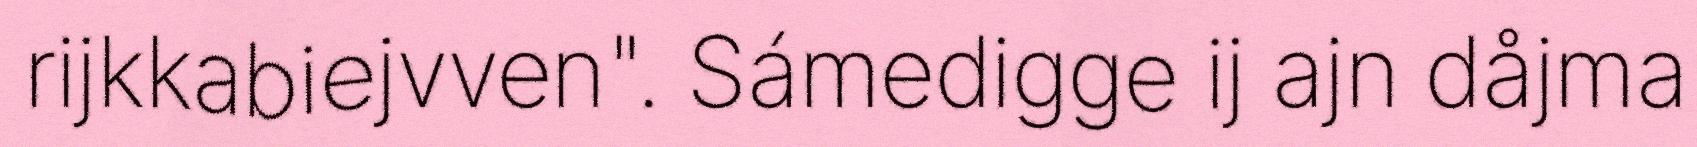
rijkkabiejvven". Sámedigge ij ajn dåjma